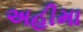
અહીમા